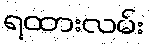
ရထားလမ်း